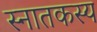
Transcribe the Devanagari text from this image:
स्नातकस्य